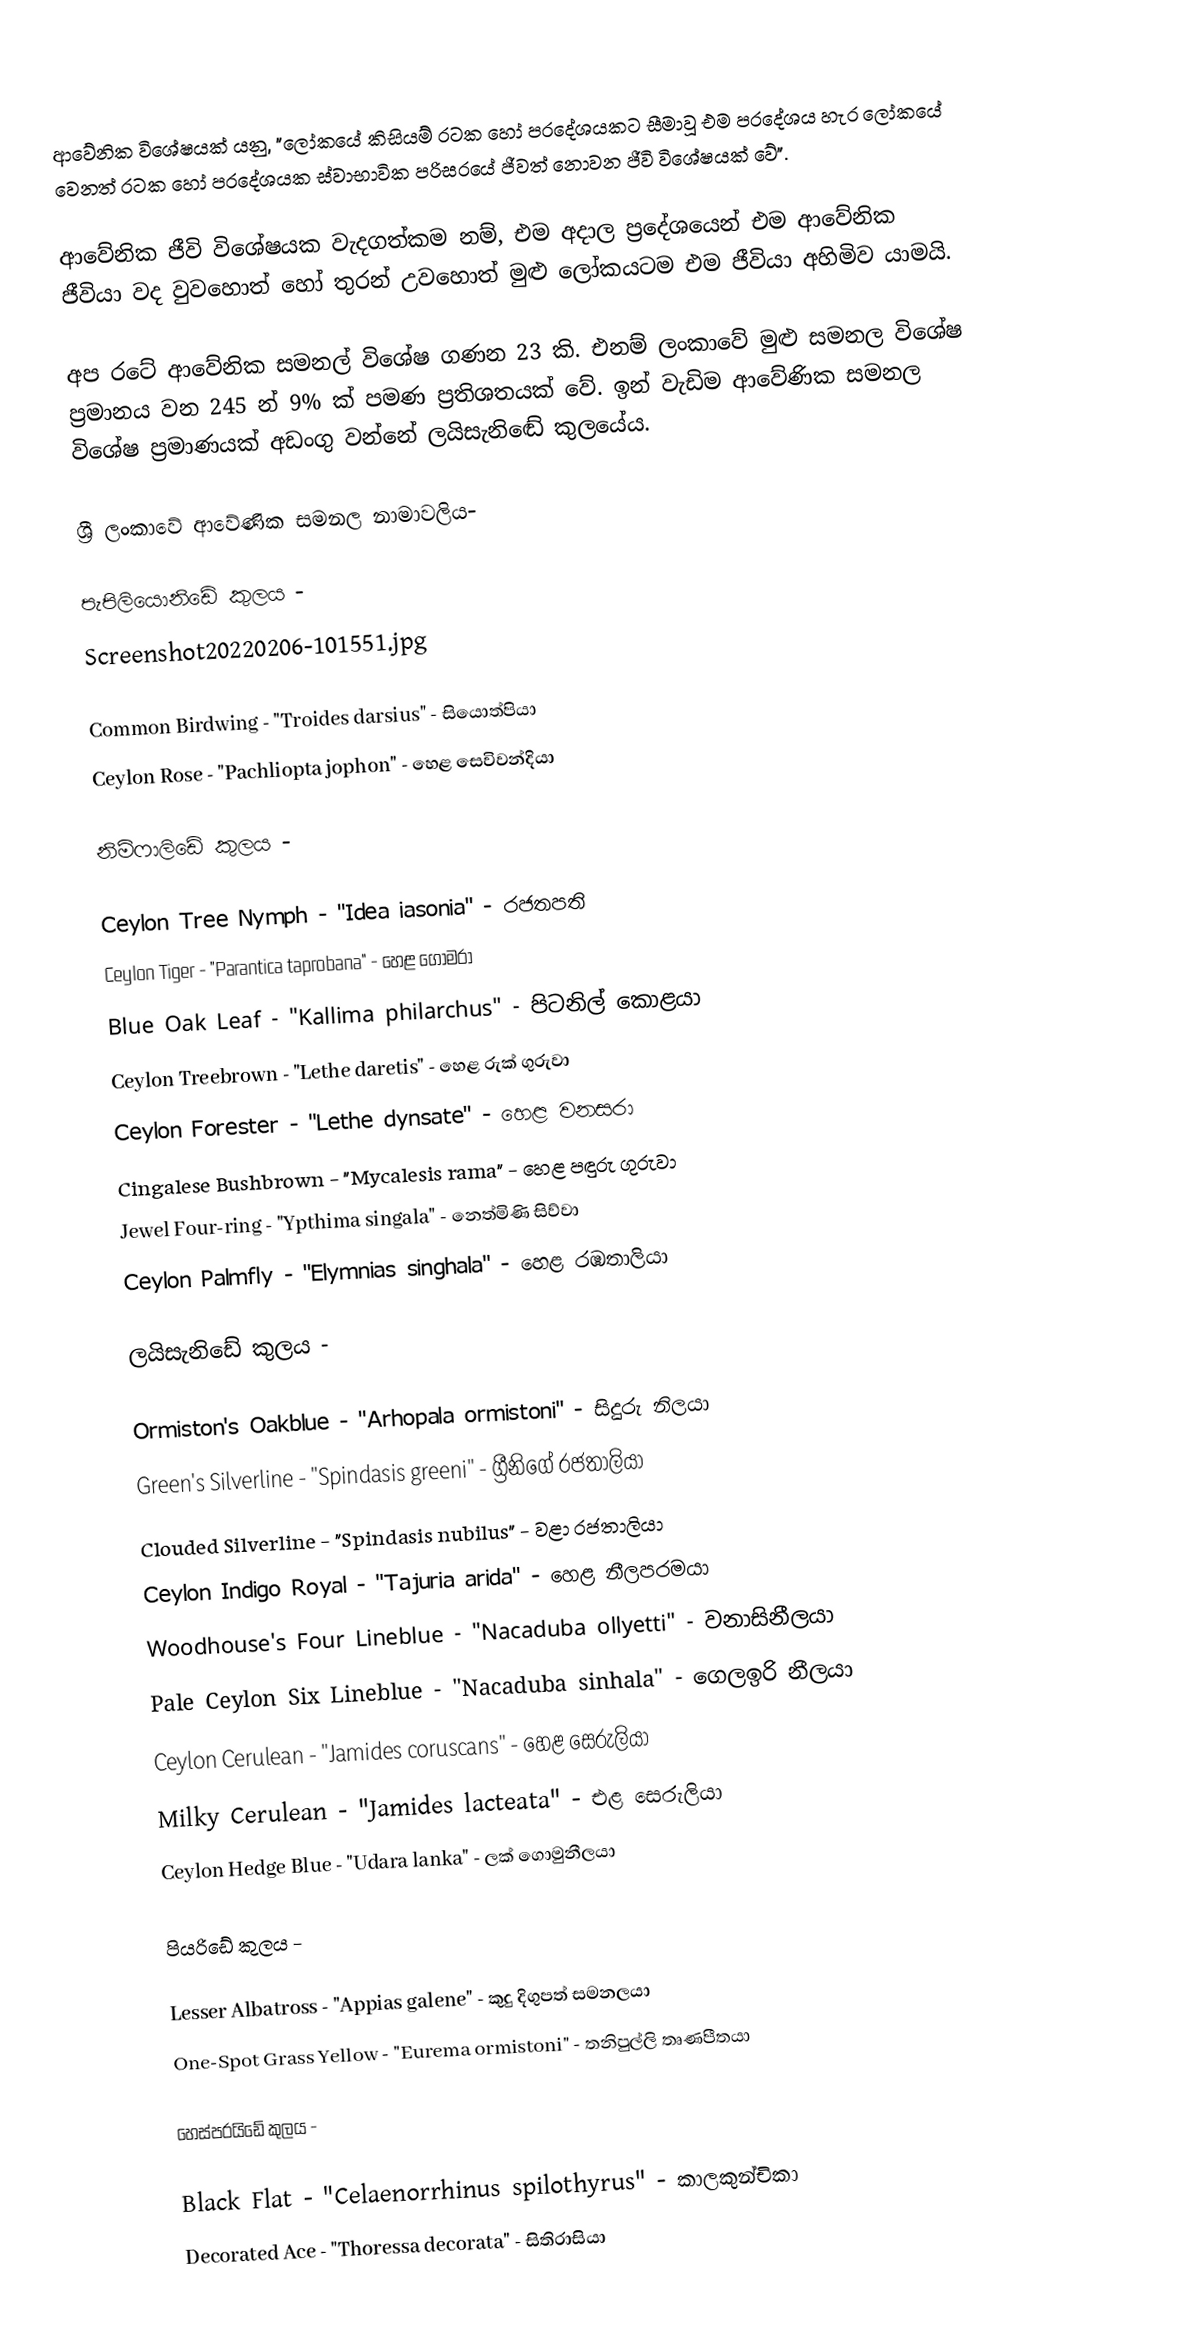
ආවේනික විශේෂයක් යනු, "ලෝකයේ කිසියම් රටක හෝ ප‍්‍රදේශයකට සීමාවූ එම ප‍්‍රදේශය හැර ලෝකයේ වෙනත් රටක හෝ ප‍්‍රදේශයක ස්වාභාවික පරිසරයේ ජීවත් නොවන ජීවි විශේෂයක් වේ".

ආවේනික ජීවි විශේෂයක වැදගත්කම නම්, එම අදාල ප‍්‍රදේශයෙන් එම ආවේනික ජීවියා වද වුවහොත් හෝ තුරන් උවහොත් මුළු ලෝකයටම එම ජීවියා අහිමිව යාමයි.

අප රටේ ආවේනික සමනල් විශේෂ ගණන 23 කි. එනම් ලංකාවේ මුළු සමනල විශේෂ ප්‍රමානය වන 245 න් 9% ක් පමණ ප‍්‍රතිශතයක් වේ. ඉන් වැඩිම ආවේණික සමනල විශේෂ ප‍්‍රමාණයක් අඩංගු වන්නේ ලයිසැනිඬේ  කුලයේය.

ශ්‍රී ලංකාවේ ආවේණික සමනල නාමාවලිය-

පැපිලියොනිඩේ කුලය -
Screenshot20220206-101551.jpg

Common Birdwing - "Troides darsius" - සියොත්පියා
Ceylon Rose - "Pachliopta jophon" - හෙළ සෙවිවන්දියා

නිම්ෆාලිඩේ කුලය -

Ceylon Tree Nymph - "Idea iasonia" - රජතපති
Ceylon Tiger - "Parantica taprobana" - හෙළ ගෝමරා
Blue Oak Leaf - "Kallima philarchus" - පිටනිල් කොළයා
Ceylon Treebrown - "Lethe daretis" - හෙළ රුක් ගුරුවා
Ceylon Forester - "Lethe dynsate" - හෙළ වනසරා
Cingalese Bushbrown - "Mycalesis rama" - හෙළ පඳුරු ගුරුවා
Jewel Four-ring - "Ypthima singala" - නෙත්මිණි සිව්වා
Ceylon Palmfly - "Elymnias singhala" - හෙළ රඹතාලියා

ලයිසැනිඩේ කුලය -

Ormiston's Oakblue - "Arhopala ormistoni" - සිදුරු නිලයා
Green's Silverline - "Spindasis greeni" - ග්‍රීනිගේ රජතාලියා
Clouded Silverline - "Spindasis nubilus" - වළා රජතාලියා
Ceylon Indigo Royal - "Tajuria arida" - හෙළ නීලපරමයා
Woodhouse's Four Lineblue - "Nacaduba ollyetti" - වනාසිනීලයා
Pale Ceylon Six Lineblue - "Nacaduba sinhala" - ගෙලඉරි නීලයා
Ceylon Cerulean - "Jamides coruscans" - හෙළ සෙරුලියා
Milky Cerulean - "Jamides lacteata" - එළ සෙරුලියා
Ceylon Hedge Blue - "Udara lanka" - ලක් ගොමුනීලයා

පියරිඩේ කුලය -

Lesser Albatross - "Appias galene" - කුදු දිගුපත් සමනලයා
One-Spot Grass Yellow - "Eurema ormistoni" - තනිපුල්ලි තෘණපීතයා

හෙස්පරයිඩේ කුලය -

Black Flat - "Celaenorrhinus spilothyrus" - කාලකුන්චිකා
Decorated Ace - "Thoressa decorata"  - සිතිරාසියා